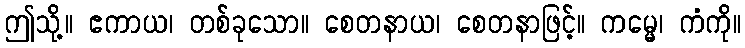
ဤသို့။ ဧကာယ၊ တစ်ခုသော။ စေတနာယ၊ စေတနာဖြင့်။ ကမ္မေ၊ ကံကို။